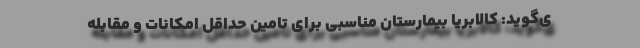
ی‌گوید: کالابریا بیمارستان مناسبی برای تامین حداقل امکانات و مقابله